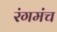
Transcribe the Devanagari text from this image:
रंगमंंच